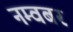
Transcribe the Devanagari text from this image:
नम्वबर